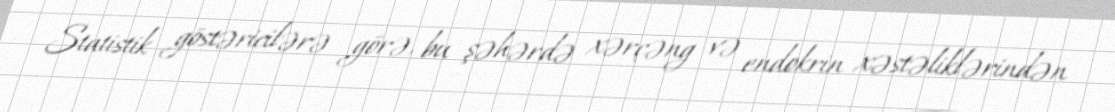
Statistik göstəricilərə görə, bu şəhərdə xərçəng və endokrin xəstəliklərindən